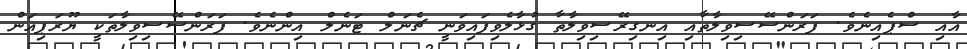
އާއި ސްޕެއިނެވެ. ފަރަންސޭސިވިލާތާއި އިނގިރޭސިވިލާތާ ގުޅާލެވިފައިވަނީ ޗެނަލް ޓަނެލް އިންނެވެ. ފަރަންސޭސިވިލާތަކީ ޔޫރަޕިއަން